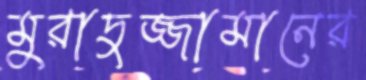
মুরাদুজ্জামানের